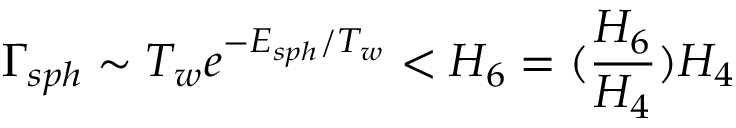
\Gamma _ { s p h } \sim T _ { w } e ^ { - E _ { s p h } / T _ { w } } < H _ { 6 } = ( \frac { H _ { 6 } } { H _ { 4 } } ) H _ { 4 }